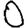
Digit: 0